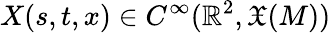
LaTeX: X(s,t,x)\in C^{\infty}(\mathbb{R}^{2},{\mathfrak{X}}(M))